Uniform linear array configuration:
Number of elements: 64
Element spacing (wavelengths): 1
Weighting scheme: exponential
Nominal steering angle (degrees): -15
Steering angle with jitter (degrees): -15.392
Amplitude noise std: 0.05
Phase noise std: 0.05

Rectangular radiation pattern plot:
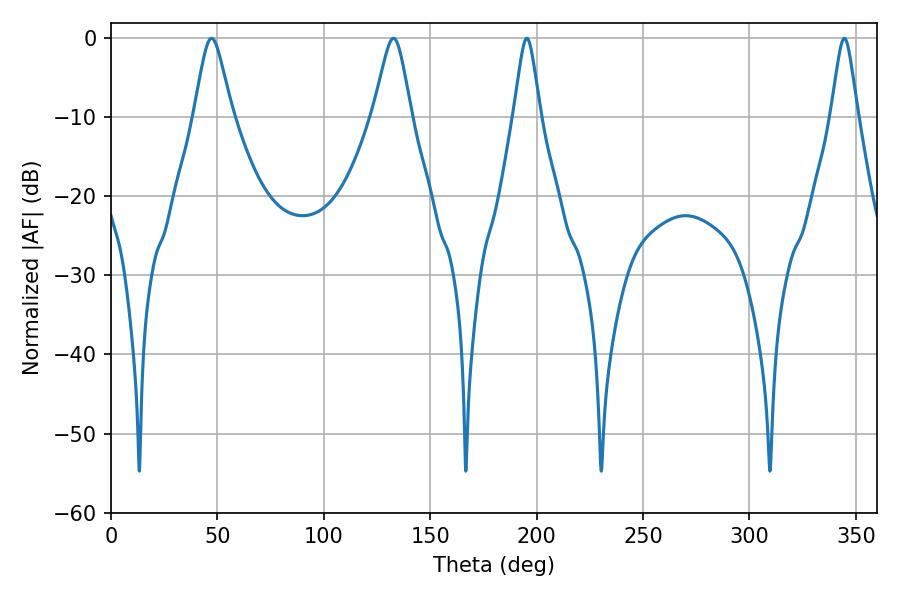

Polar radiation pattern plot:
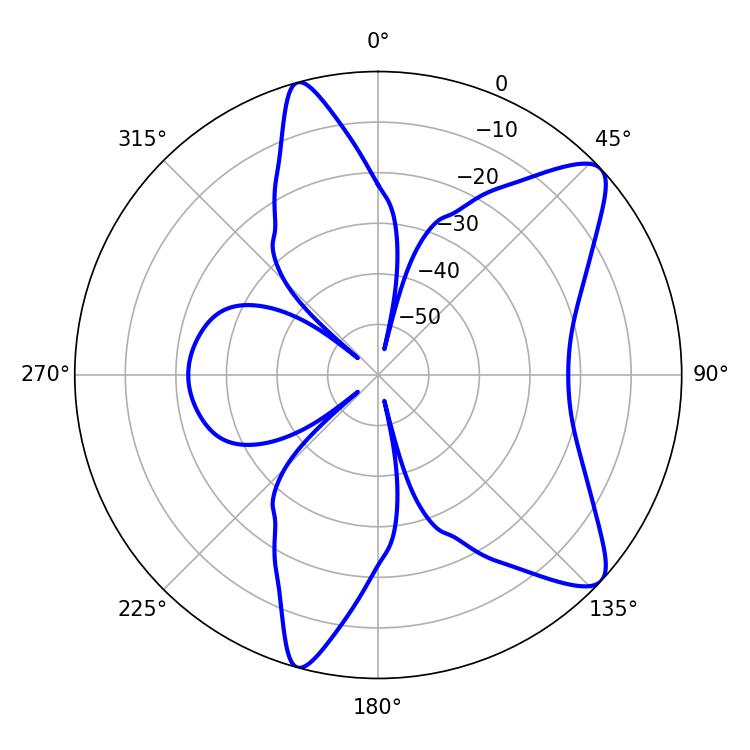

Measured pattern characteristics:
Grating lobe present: TRUE
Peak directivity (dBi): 9.828
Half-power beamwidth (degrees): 8.46
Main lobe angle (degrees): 47.34